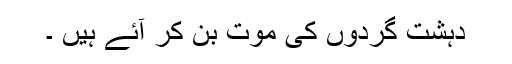
دہشت گردوں کی موت بن کر آئے ہیں ۔